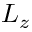
L _ { z }